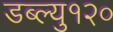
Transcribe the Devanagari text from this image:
डब्ल्यु१२०